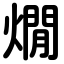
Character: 燗